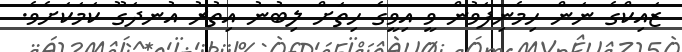
ޒައިކްގެ ނަން ހިމެނިފަވުން ވީ އިވީގެ ހިތަށް ލިބުނު އިތުރު އުނދަގޫ ކަމަކަށެވެ.